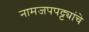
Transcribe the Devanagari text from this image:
नामजपपट्ट्यांचे